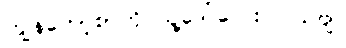
ကျွန်တော့်စာကို သူ့ဒေါ်လေး ပြသဗျ။